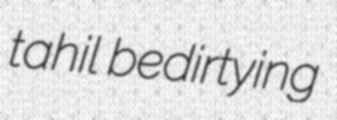
tahil bedirtying